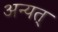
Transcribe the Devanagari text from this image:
अन्यत्